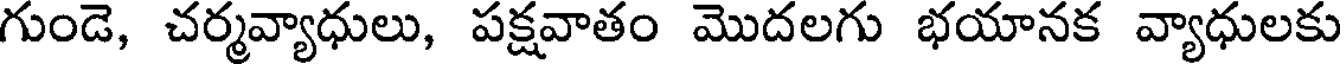
గుండె, చర్మవ్యాధులు, పక్షవాతం మొదలగు భయానక వ్యాధులకు